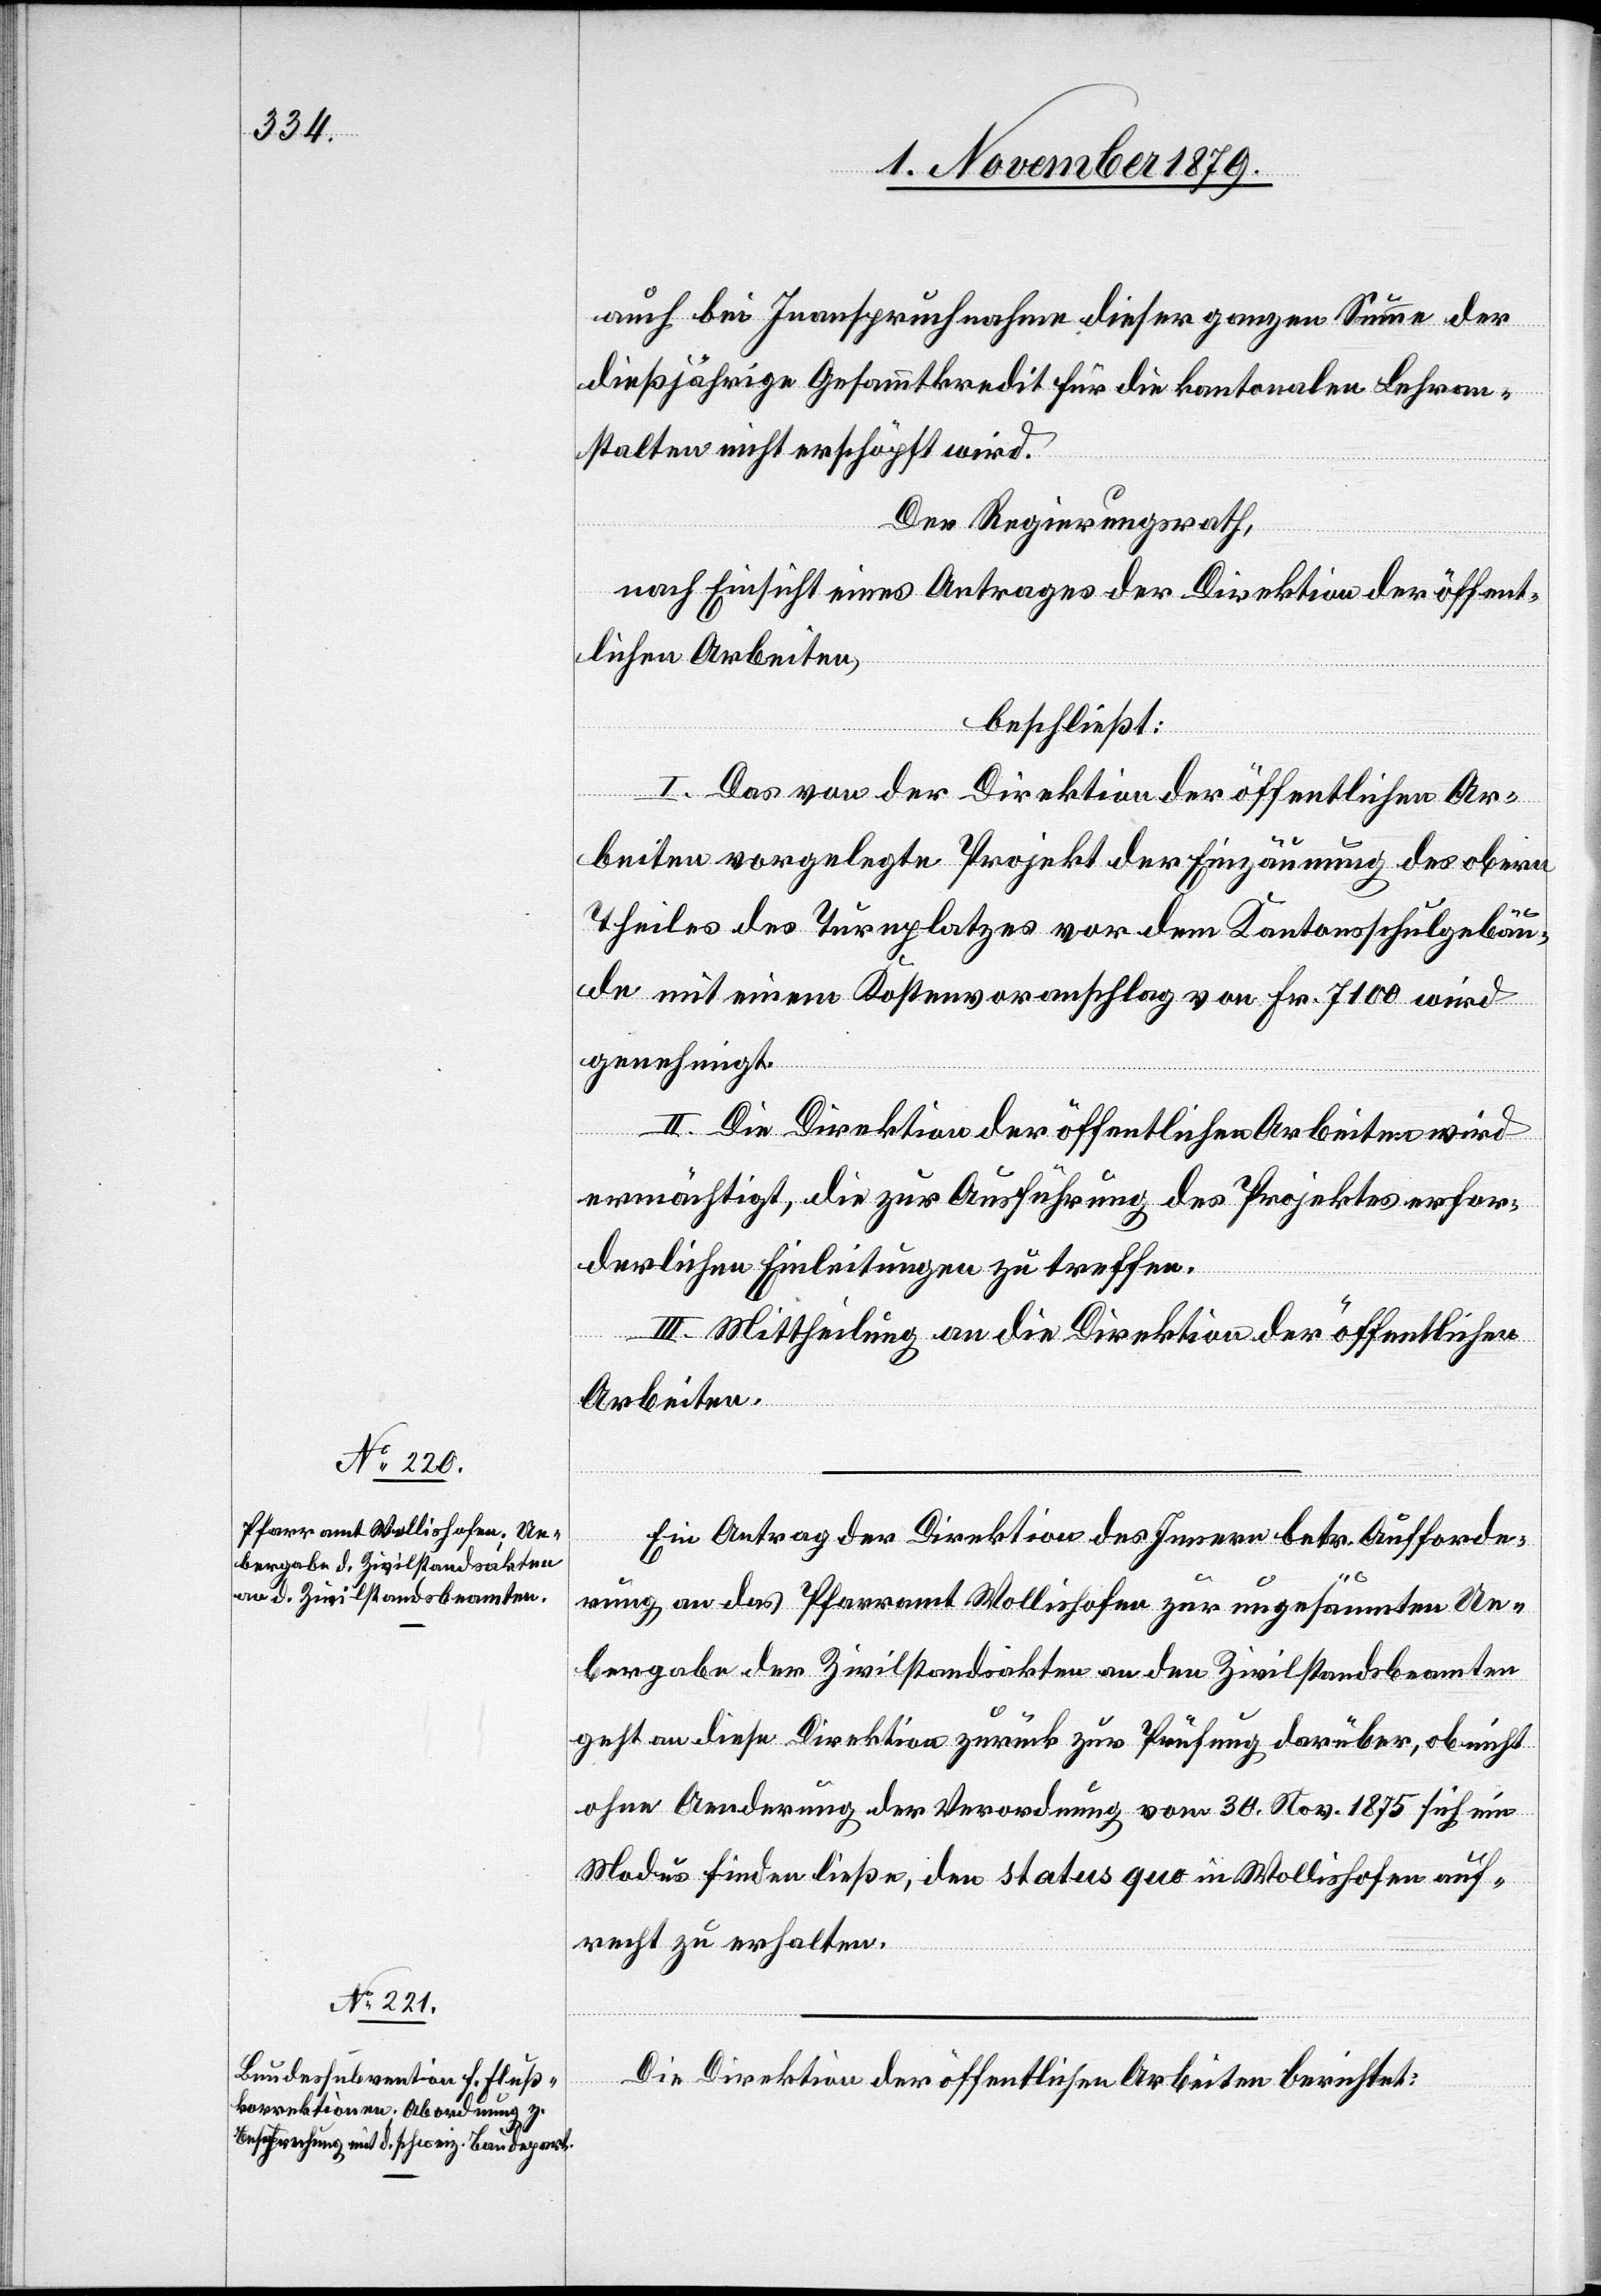
auch bei Inanspruchnahme dieser ganzen Summe der
dießjährige Gesammtkredit für die kantonalen Lehran¬
stalten nicht erschöpft wird.
Der Regierungsrath,
nach Einsicht eines Antrages der Direktion der öffent¬
lichen Arbeiten,
beschließt:
I. Das von der Direktion der öffentlichen Ar¬
beiten vorgelegte Projekt der Einzäunung des obern
Theiles des Turnplatzes vor dem Kantonsschulgebäu¬
de mit einem Kostenvoranschlag von Fr. 7100 wird
genehmigt.
II. Die Direktion der öffentlichen Arbeiten wird
ermächtigt, die zur Ausführung des Projektes erfor¬
derlichen Einleitungen zu treffen.
III. Mittheilung an die Direktion der öffentlichen
Arbeiten.
Ein Antrag der Direktion des Innern betr. Aufforde¬
rung an das Pfarramt Wollishofen zur ungesäumten Ue¬
bergabe der Zivilstandsakten an den Zivilstandsbeamten
geht an diese Direktion zurück zur Prüfung darüber, ob nicht
ohne Aenderung der Verordnung vom 30. Nov. 1875 sich ein
Modus finden ließe, den Status quo in Wollishofen auf¬
recht zu erhalten.
Die Direktion der öffentlichen Arbeiten berichtet: